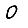
Digit: 0